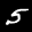
Label: 5